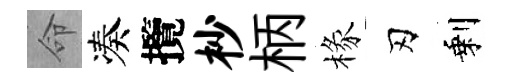
命凑攬杪柄椽刃剩